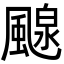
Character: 𩘘